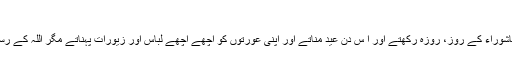
“ (بخاری ؛۲۰۰۵/ مسلم ؛۱۱۳۱)
ابوموسیٰ رضی اللہ عنہ سے مروی مسلم ہی کی دوسری روایت میں ہے کہ ”اہل خیبر عاشوراء کے روز، روزہ رکھتے اور ا س دن عید مناتے اور اپنی عورتوں کو اچھے اچھے لباس اور زیورات پہناتے مگر اللہ کے رسول صلی اللہ علیہ وسلم نے صحابہ رضی اللہ عنہم سے فرمایا کہ تم اس دن روزہ رکھو۔